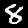
Label: 8